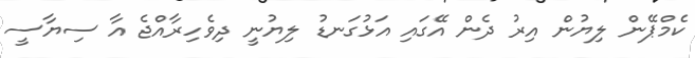
ކެމްޕޭން ލިޔުން އިރު ދެން އޭގައި އަޅުގަނޑު ލިޔުނީ ދިވެހިރާއްޖެ އާ ސިޔާސީ